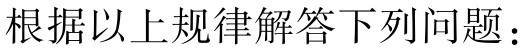
根据以上规律解答下列问题：